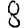
Digit: 8